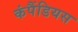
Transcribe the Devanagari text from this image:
कंपैंडियस